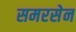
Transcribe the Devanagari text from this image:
समरसेन